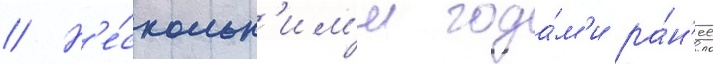
// Н'е́скольк'им'и года́м'и ра́н'ее